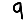
Digit: 9